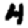
Digit: 4